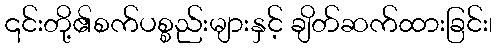
၎င်းတို့၏စက်ပစ္စည်းများနှင့် ချိတ်ဆက်ထားခြင်း၊